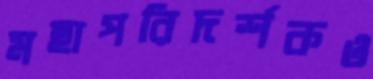
মহাপরিদর্শকও